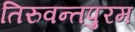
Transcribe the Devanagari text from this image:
तिरुवन्तपुरम